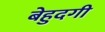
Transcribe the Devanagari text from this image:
बेहुदगी